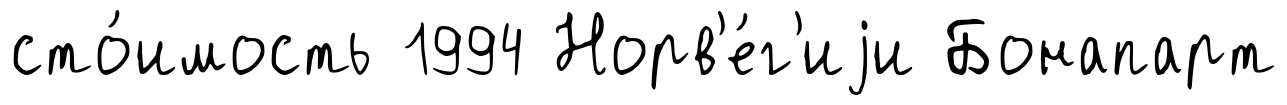
сто́имость 1994 Норв'е́г'иjи Бонапарт